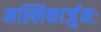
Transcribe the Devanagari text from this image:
मल्लिकार्जुनः